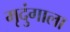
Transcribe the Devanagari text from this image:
मृदुंगाला